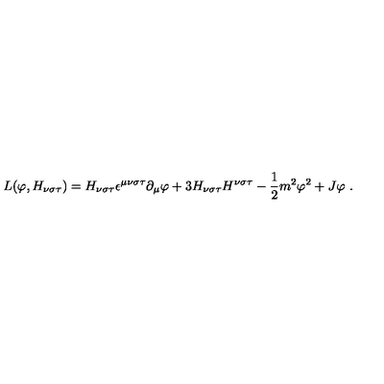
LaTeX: L ( \varphi , H _ { \nu \sigma \tau } ) = H _ { \nu \sigma \tau } \epsilon ^ { \mu \nu \sigma \tau } \partial _ { \mu } \varphi + 3 H _ { \nu \sigma \tau } H ^ { \nu \sigma \tau } - \frac { 1 } { 2 } m ^ { 2 } \varphi ^ { 2 } + J \varphi \ .